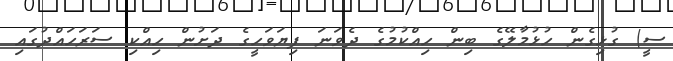
ސީ) ގުޅިގެން ހުޅުމާލޭގެ ބިން ހިއްކުމުގެ ދެވަނަ ފިޔަވަހީގެ ދަށުން ހިއްކި ސަރަހައްދުގައި